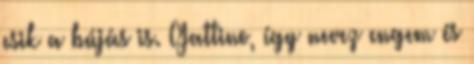
esik a bújás is. Gattino, így nevez engem és